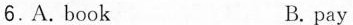
6.A. Book B. pay